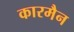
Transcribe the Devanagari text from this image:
कारमैन